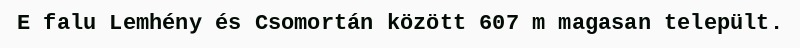
E falu Lemhény és Csomortán között 607 m magasan települt.